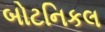
બોટનિકલ